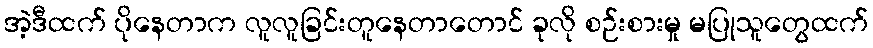
အဲ့ဒီထက် ပိုနေတာက လူလူခြင်းတူနေတာတောင် ခုလို စဉ်းစားမှု မပြုသူတွေထက်